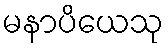
မနာပိယေသု